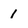
Character: 1